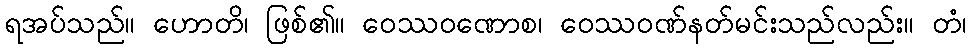
ရအပ်သည်။ ဟောတိ၊ ဖြစ်၏။ ဝေဿဝဏောစ၊ ဝေဿဝဏ်နတ်မင်းသည်လည်း။ တံ၊